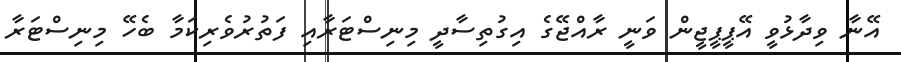
އޭނާ ވިދާޅުވީ އޭޕީޕީޖީން ވަނީ ރާއްޖޭގެ އިގުތިސާދީ މިނިސްޓަރާއި ފަތުރުވެރިކަމާ ބެހޭ މިނިސްޓަރާ